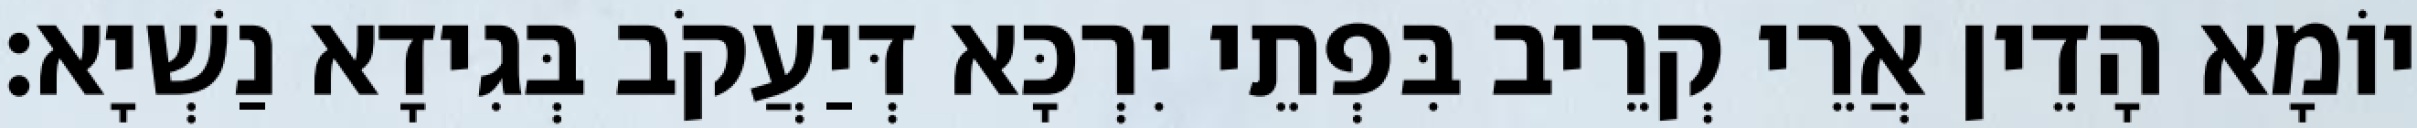
יוֹמָא הָדֵין אֲרֵי קְרֵיב בִּפְתֵי יִרְכָּא דְּיַעֲקֹב בְּגִידָא נַשְׁיָא׃